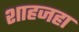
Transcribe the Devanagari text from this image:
शाहजहा